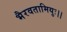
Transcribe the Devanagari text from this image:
भैरवतामियुः।।